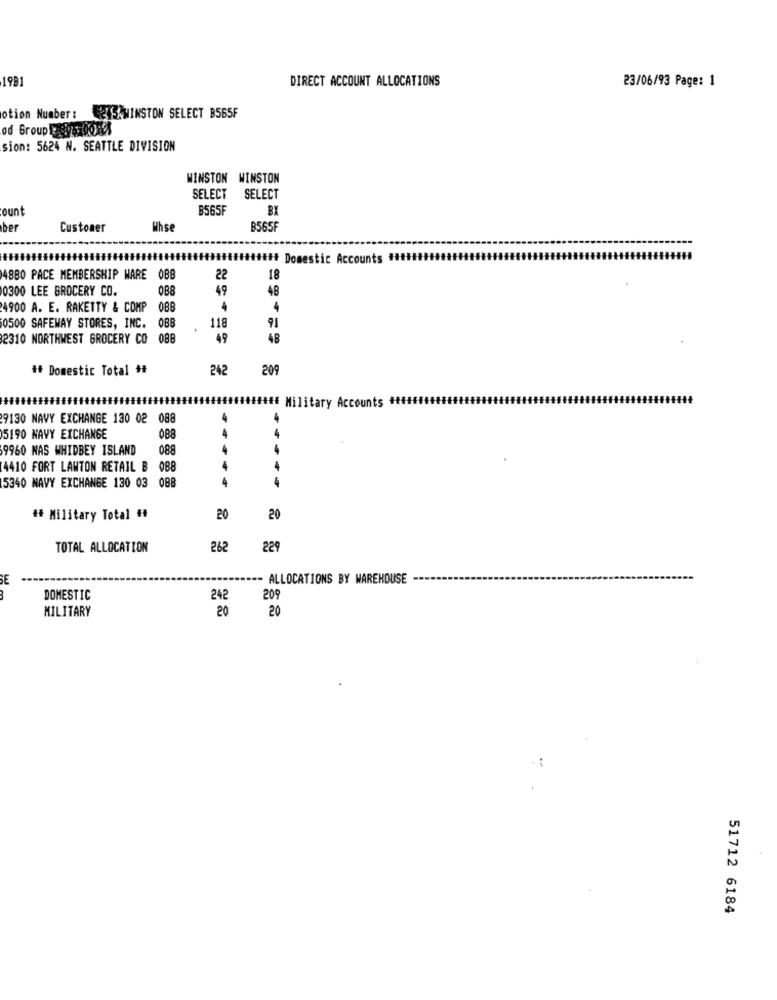
1981
DIRECT ACCOUNT ALLOCATIONS
23/06/93 Page: 1
otion Number: @ S.WINSTON SELECT B565F
od Group Ist. 000se
sion: 5624 N. SEATTLE DIVISION
WINSTON WINSTON
SELECT SELECT
B565F
ount
ber
Customer
Whse
B565F
..........***** Domestic Accounts ******
4880 PACE MEMBERSHIP WARE 0BB
22
18
0300 LEE GROCERY CO.
088
49
48
4900 A. E. RAKETTY & COMP
086
4
0500 SAFEWAY STORES, INC. 088
118
91
2310 NORTHWEST GROCERY CO 088
49
48
# Domestic Total +
242
209
........ ##### Military Accounts +
9130 NAVY EXCHANGE 130 02 088
4
4
5190 NAVY EXCHANGE
088
9960 NAS WHIDBEY ISLAND
088
4
4410 FORT LAWTON RETAIL B 088
4
4
5340 NAVY EXCHANGE 130 03 088
4
4
# Military Total ##
20
20
TOTAL ALLOCATION
262
229
SE
==- ALLOCATIONS BY WAREHOUSE
DOMESTIC
242
209
20
20
MILITARY
51712 6184